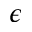
\epsilon